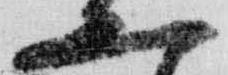
二